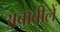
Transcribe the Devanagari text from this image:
अबाबीलें